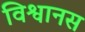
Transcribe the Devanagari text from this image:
विश्वानस